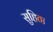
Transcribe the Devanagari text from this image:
सुहिता